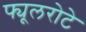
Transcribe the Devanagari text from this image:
फ्यूलरोटे